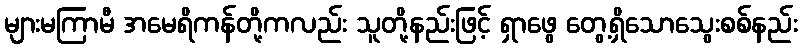
များမကြာမီ အမေရိကန်တို့ကလည်း သူတို့နည်းဖြင့် ရှာဖွေ တွေ့ရှိသောသွေးစစ်နည်း